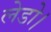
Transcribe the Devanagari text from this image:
लेडो।